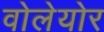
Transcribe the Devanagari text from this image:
वोलेयोर